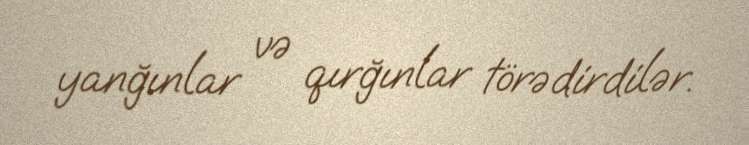
yanğınlar və qırğınlar törədirdilər.